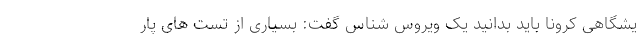
یشگاهی کرونا باید بدانید یک ویروس شناس گفت: بسیاری از تست های پار